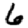
Digit: 6